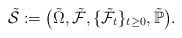
\begin{align*}\tilde{\mathcal{S}}:=\bigl(\tilde{\Omega},\tilde{\mathcal{F}}, \{\tilde{\mathcal{F}}_t\}_{t\ge 0},\tilde{\mathbb{P}}\bigr).\end{align*}